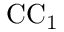
\mathrm { C C _ { 1 } }